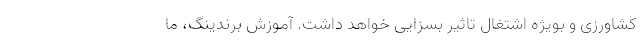
کشاورزی و بویژه اشتغال تاثیر بسزایی خواهد داشت. آموزش برندینگ، ما